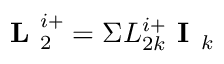
\textbf { L } _ { 2 } ^ { i + } = \Sigma L _ { 2 k } ^ { i + } \textbf { I } _ { k }